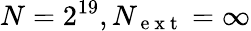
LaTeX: N=2^{19},N_{\mathrm{~e~x~t~}}=\infty